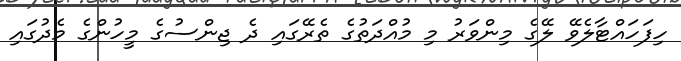
ހިފަހައްޓާލެވޭ ލޭގެ މިންވަރު މި މުއްދަތުގެ ތެރޭގައި ދެ ޖިންސުގެ މީހުންގެ މެދުގައި